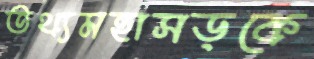
তথ্যমহাসড়কে